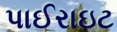
પાઈરાઇટ